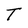
Character: T